Sanitation, dispensaries and jails vaccination Rajputana 1922-1927 - 1922-1927
Year: 1922
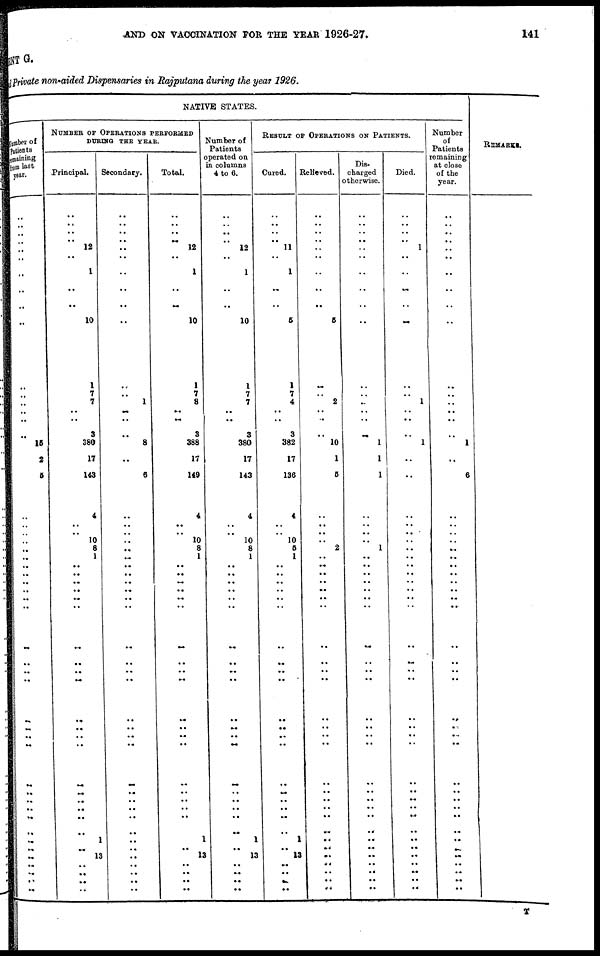
AND ON VACCINATION FOR THE YEAR 1926-27.
141
MENT G.
Private non-aided Dispensaries in Rajputana during the year 1926.
NATIVE STATES.
Number of
Patients
remaining
from last
year.
..
..
..
.. ..
..
..
..
..
..
..
..
..
..
..
..
15
2
5
..
..
..
..
..
..
..
..
..
..
..
..
..
..
..
..
..
..
..
..
..
..
..
..
..
..
...
..
..
..
..
..
..
NUMBER OF OPERATIONS PERFORMED
DURING THE YEAR.
Principal.
..
..
..
.. 12
..
1
..
..
10
1
7
7
..
..
3
380
17
143
4
..
.. 10
8
1
..
..
..
..
..
..
..
..
..
..
..
..
..
..
..
..
..
..
..
..
1
.. 13
..
..
..
..
Secondary.
..
..
..
..
..
..
..
..
..
..
..
..
1
..
..
..
8
..
6
..
..
..
..
..
..
..
..
..
..
..
..
..
..
..
..
..
..
..
..
..
..
..
..
..
..
..
..
..
..
..
..
..
Total.
..
..
..
.. 12
..
1
..
..
10
1
7
8
..
..
3
388
17
149
4
..
.. 10
8
1
..
..
..
..
..
..
..
..
..
..
..
..
..
..
..
..
..
..
..
..
1
.. 13
..
..
..
..
Number of
Patients
operated on
in columns
4 to 6.
..
..
..
.. 12
..
1
..
..
10
1
7
7
..
..
3
380
17
143
4
..
.. 10
8
1
..
..
..
..
..
..
..
..
..
..
..
..
..
..
..
..
..
..
..
..
1
.. 13
..
..
..
..
RESULT OF OPERATIONS ON PATIENTS.
Cured.
..
..
..
.. 11
..
1
..
..
5
1
7
4
..
..
3
382
17
136
4
..
.. 10
5
1
..
..
..
..
..
..
..
..
..
..
..
..
..
..
..
..
..
..
..
..
1
.. 13
..
..
..
..
Relieved.
..
..
..
..
..
..
..
..
..
5
..
..
2
..
..
..
10
1
5
..
..
..
..
2
..
..
..
..
..
..
..
..
..
..
..
..
..
..
..
..
..
..
..
..
..
..
..
..
..
..
..
..
Dis-
charged
otherwise.
..
..
..
..
..
..
..
..
..
..
..
..
..
..
..
..
1
1
1
..
..
..
..
1
..
..
..
..
..
..
..
..
..
..
..
..
..
..
..
..
..
..
..
..
..
..
..
..
..
..
..
..
Died.
..
..
..
.. 1
..
..
..
..
..
..
..
1
..
..
..
1
..
..
..
..
..
..
..
..
..
..
..
..
..
..
..
..
..
..
..
..
..
..
..
..
..
..
..
..
..
..
..
..
..
..
..
Number
of
Patients
remaining
at close
of the
year.
..
..
..
..
..
..
..
..
..
..
..
..
..
..
..
..
1
..
6
..
..
..
..
..
..
..
..
..
..
..
..
..
..
..
..
..
..
..
..
..
..
..
..
..
..
..
..
..
..
..
..
..
REMARKS.
T